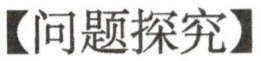
【问题探究】